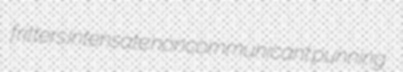
fritters intensate noncommunicant punning